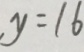
y = 1 6